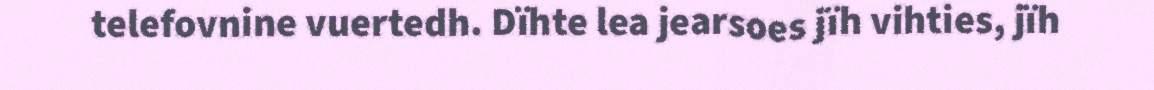
telefovnine vuertedh. Dïhte lea jearsoes jïh vihties, jïh